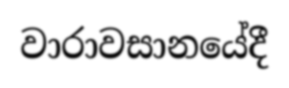
වාරාවසානයේදී